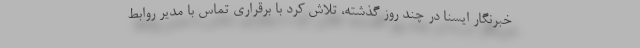
خبرنگار ایسنا در چند روز گذشته، تلاش کرد با برقراری تماس با مدیر روابط